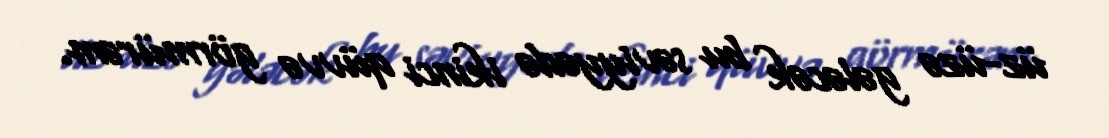
üz-üzə gələcək bu səviyyədə ikinci qüvvə görmürəm.